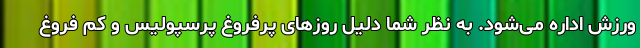
ورزش اداره می‌شود. به نظر شما دلیل روزهای پرفروغ پرسپولیس و کم فروغ